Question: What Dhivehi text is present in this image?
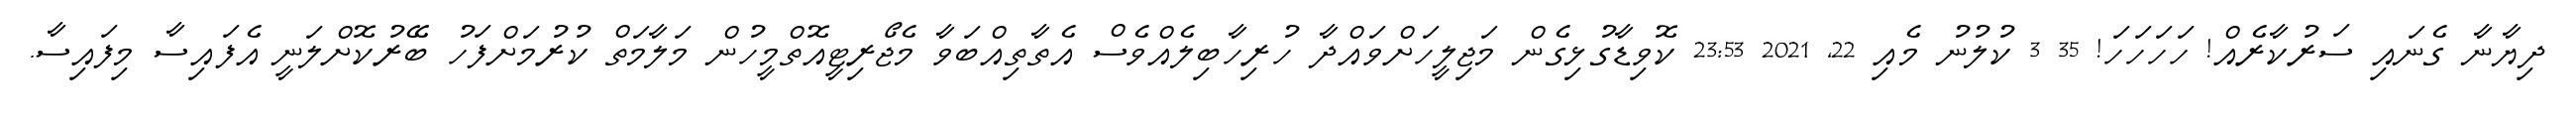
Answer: ދިޔާނާ ގެނައި ސަރުކާރެއް! ހަހަހަހަ! 35 3 ކުލުނު މެއި 22, 2021 23:53 ކޮވިޑާގުޅިގެން މަޖިލީހަށްވައްދާ ހުރިހާބިލެއްވެސް އެތާތިއްބަވާ މެޖޯރިޓީއޮތްމީހުން މަލާމަތް ކުރުމަށްފަހު ބޭރުކޮށްލަނީ އެފައިސާ މިފައިސާ.